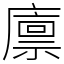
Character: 廪